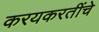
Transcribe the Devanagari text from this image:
करयकरतींचे